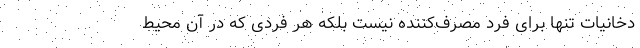
دخانیات تنها برای فرد مصرف‌کننده نیست بلکه هر فردی که در آن محیط